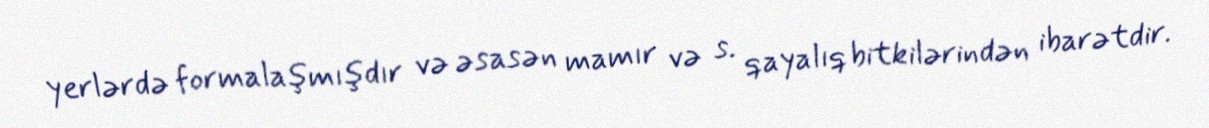
yerlərdə formalaşmışdır və əsasən mamır və s. qayalıq bitkilərindən ibarətdir.